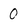
Character: 0